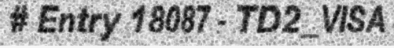
# Entry 18087 - TD2_VISA